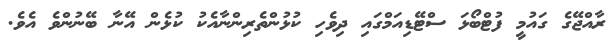
ރާއްޖޭގެ ގައުމީ ފުޓްބޯޅަ ސްޓޭޑިއަމްގައި ދިވެހި ކުޅުންތެރިންނާއެކު ކުޅެން އޭނާ ބޭނުންވެ އެވެ.